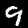
Label: 9